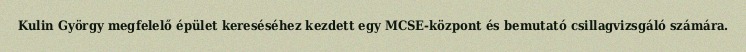
Kulin György megfelelő épület kereséséhez kezdett egy MCSE-központ és bemutató csillagvizsgáló számára.